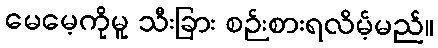
မေမေ့ကိုမူ သီးခြား စဉ်းစားရလိမ့်မည်။